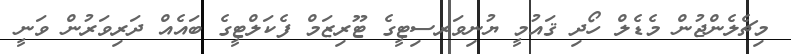
މިޗެލެންޖުން މެޑެލް ހޯދި ޤައުމީ ޔުނިވަރސިޓީގެ ޓޫރިޒަމް ފެކަލްޓީގެ ބައެއް ދަރިވަރުން ވަނީ